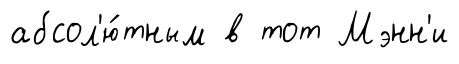
абсол'ю́тным в тот Мэнн'и